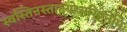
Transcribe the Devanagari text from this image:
स्वस्तिनस्ताक्ष्योर्अरिष्टनेमिः